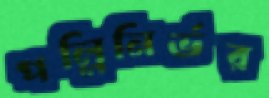
পল্লিনির্ভর